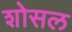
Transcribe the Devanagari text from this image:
शोसल